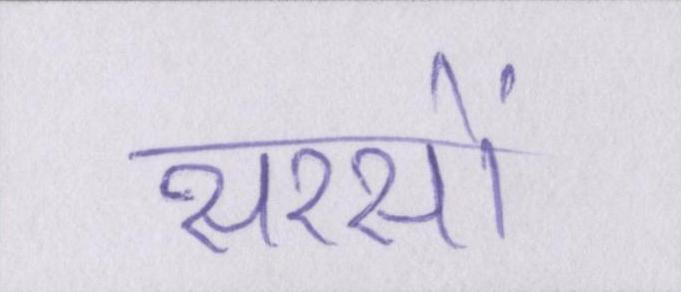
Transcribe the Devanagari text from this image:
सरसों